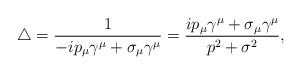
\begin{align*}\bigtriangleup= \frac{1}{-ip_{\mu} \gamma^{\mu} + \sigma_{\mu} \gamma^{\mu}} = \frac{ ip_{\mu} \gamma^{\mu} + \sigma_{\mu} \gamma^{\mu}} { p^2 + \sigma^2},\end{align*}